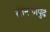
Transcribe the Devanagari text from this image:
सैनिकांपुढे